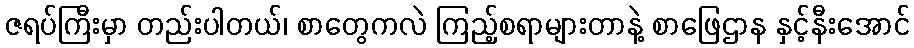
ဇရပ်ကြီးမှာ တည်းပါတယ်၊ စာတွေကလဲ ကြည့်စရာများတာနဲ့ စာဖြေဌာန နှင့်နီးအောင်